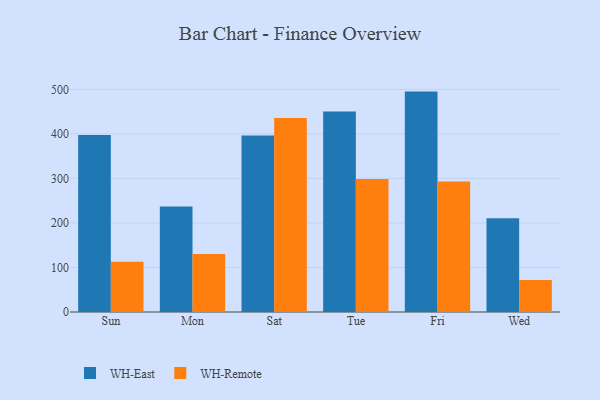
{"axis": {"x": "Day", "y": "Humidity (%)"}, "legend": ["WH-East", "WH-Remote"], "data": [{"x": "Sun", "y": 397.8, "type": "WH-East"}, {"x": "Sun", "y": 113.1, "type": "WH-Remote"}, {"x": "Mon", "y": 236.7, "type": "WH-East"}, {"x": "Mon", "y": 130.2, "type": "WH-Remote"}, {"x": "Sat", "y": 396.6, "type": "WH-East"}, {"x": "Sat", "y": 435.7, "type": "WH-Remote"}, {"x": "Tue", "y": 450.3, "type": "WH-East"}, {"x": "Tue", "y": 298.9, "type": "WH-Remote"}, {"x": "Fri", "y": 495.0, "type": "WH-East"}, {"x": "Fri", "y": 293.2, "type": "WH-Remote"}, {"x": "Wed", "y": 210.8, "type": "WH-East"}, {"x": "Wed", "y": 71.7, "type": "WH-Remote"}]}